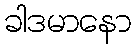
ခါဒမာနော